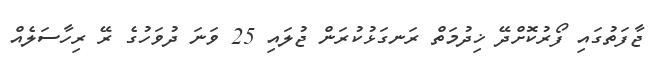
ޖާފަތުގައި ފޯރުކޮށްދޭ ޚިދުމަތް ރަނގަޅުކުރަން ޖުލައި 25 ވަނަ ދުވަހުގެ ރޭ ރިހާސަލެއް